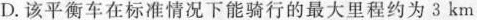
D. 该平衡车在标准情况下能骑行的最大里程约为 3 km